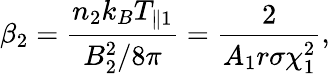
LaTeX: \beta_{2}=\frac{n_{2}k_{B}T_{\parallel 1}}{B_{2}^{2}/8\pi}=\frac{2}{A_{1}r\sigma\chi_{1}^{2}},